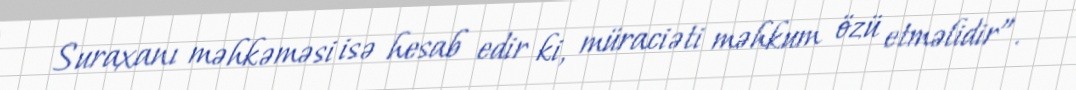
Suraxanı məhkəməsi isə hesab edir ki, müraciəti məhkum özü etməlidir”.